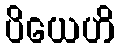
ပိယေဟိ